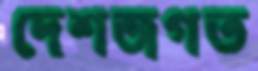
দেশজগত